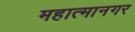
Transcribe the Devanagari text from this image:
महात्मानगर